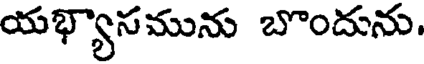
యభ్యాసమును బొందును.